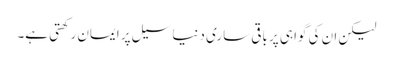
لیکن ان کی گواہی پر باقی ساری دنیا سیل پر ایمان رکھتی ہے۔